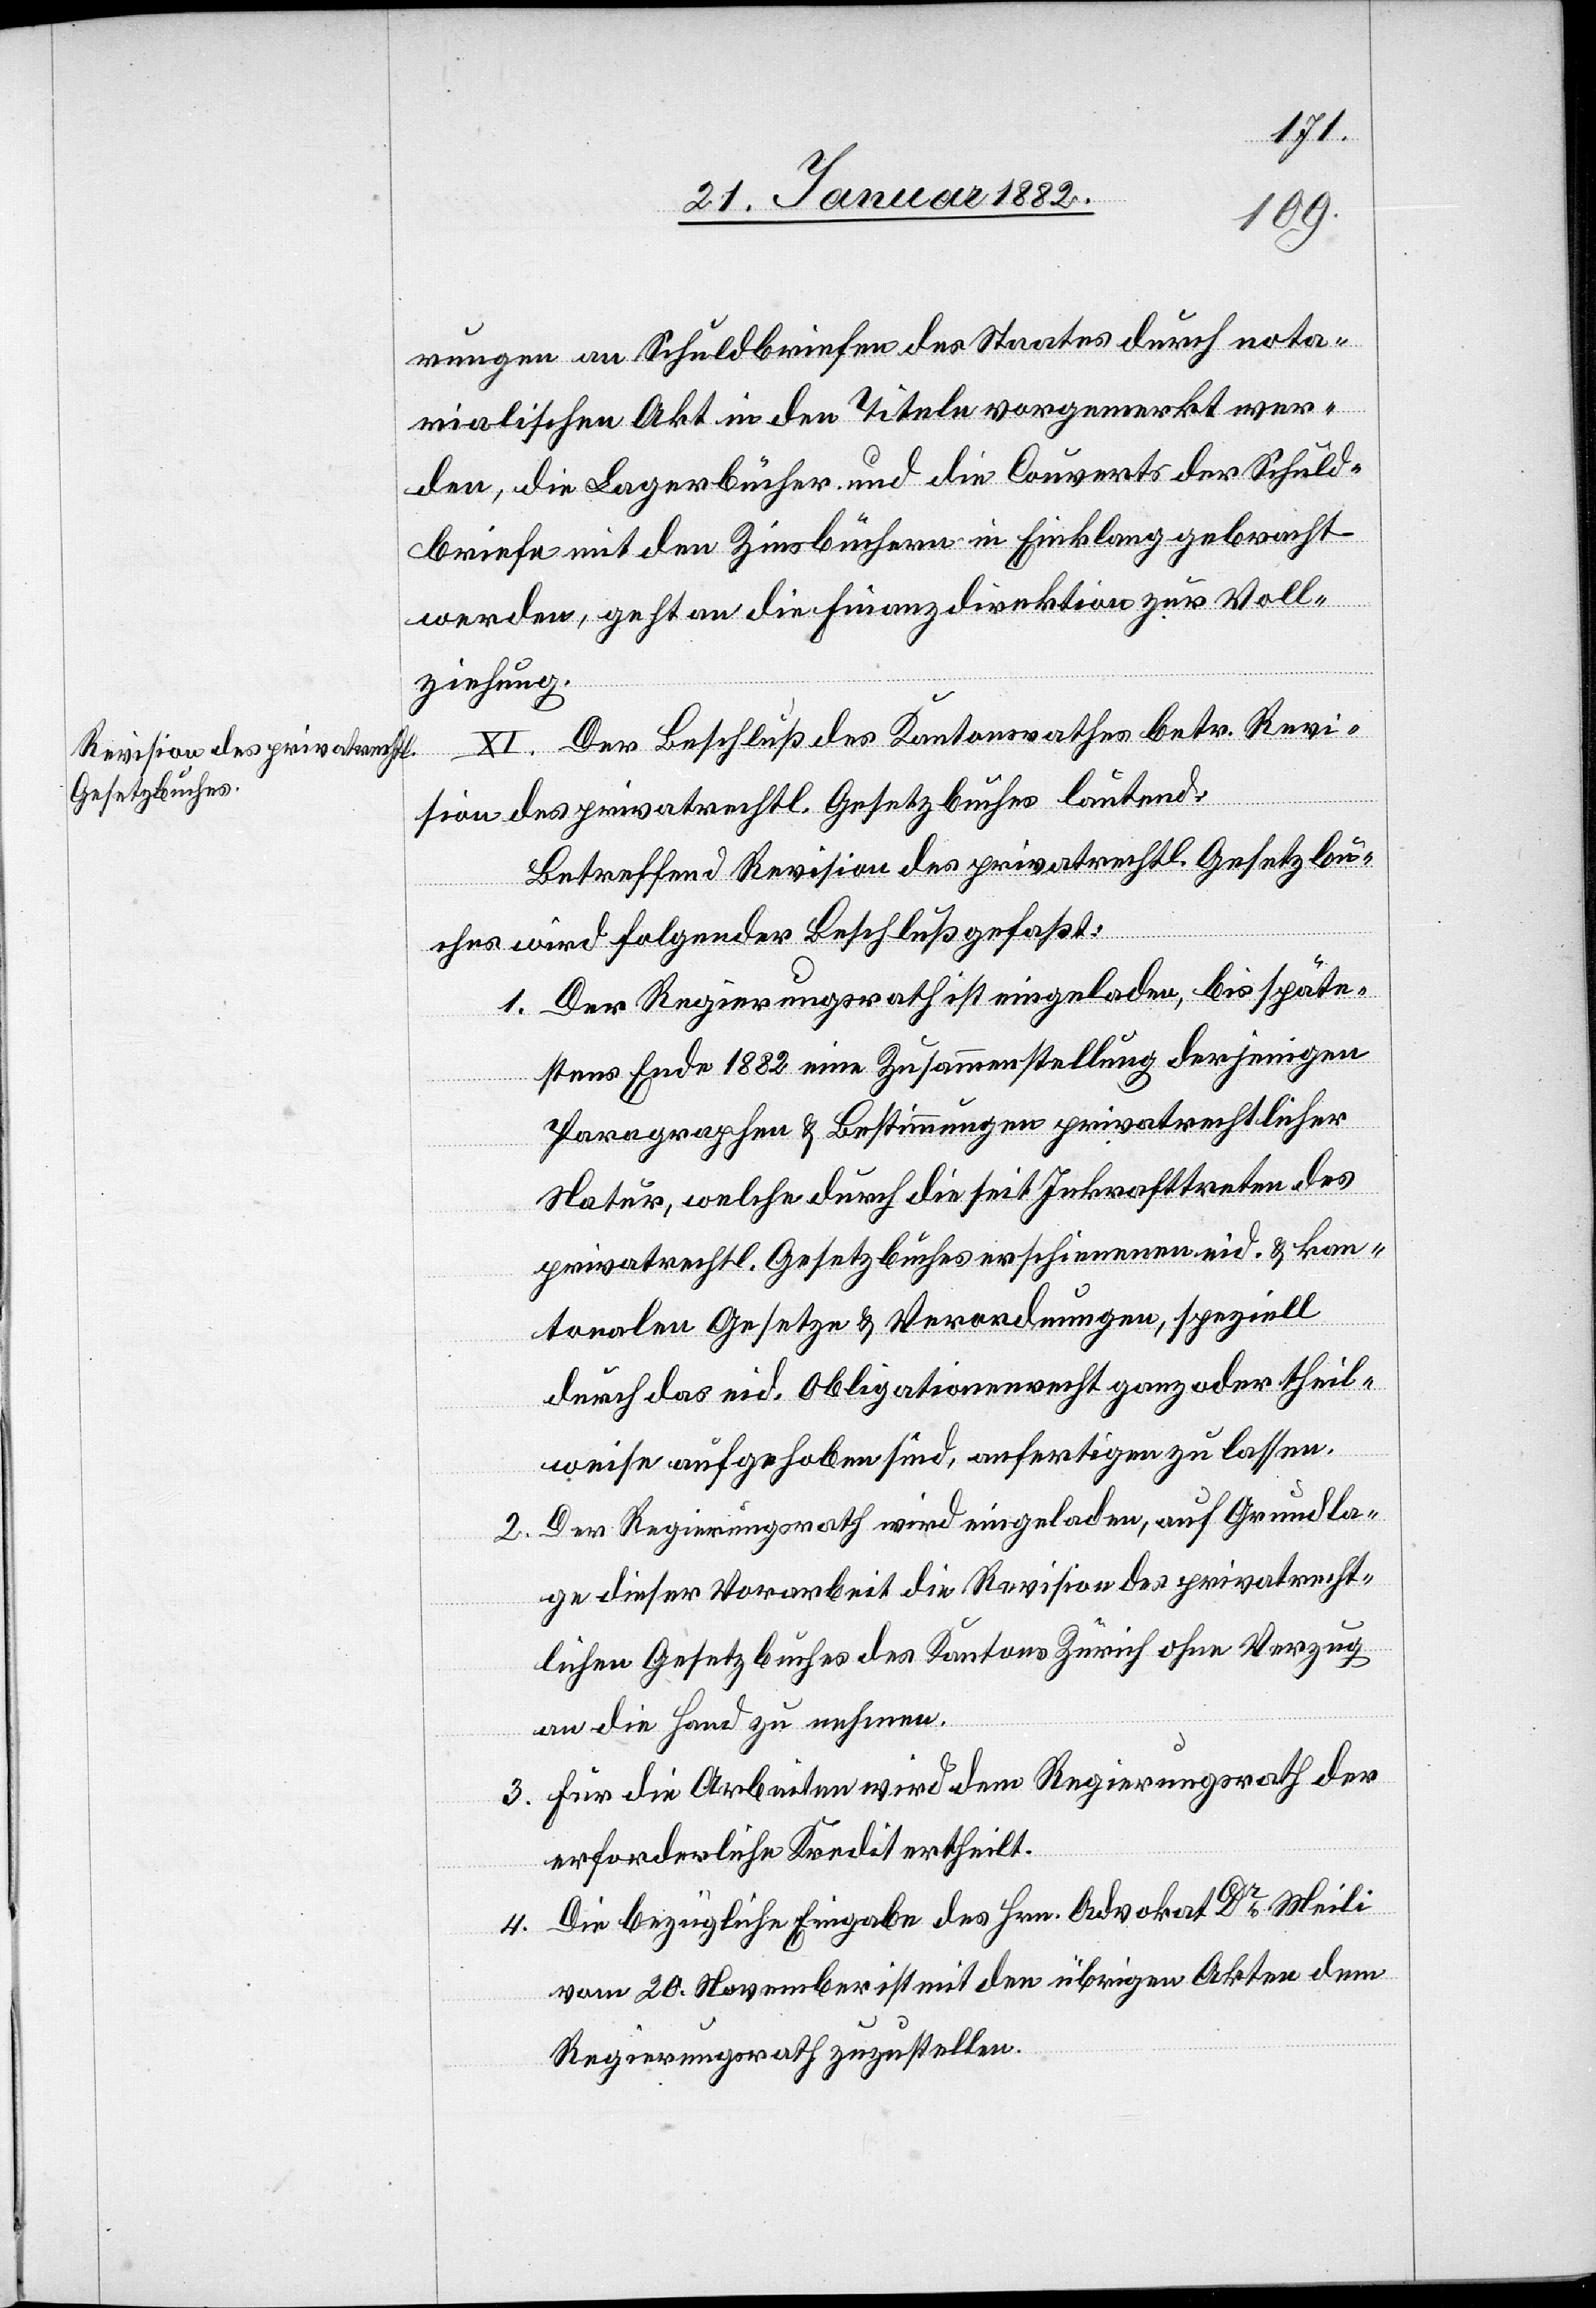
rungen an Schuldbriefen des Staates durch nota¬
rialische Akt in den Titeln vorgemerkt wer¬
den, die Lagerbücher und die Couverts der Schuld¬
briefe mit den Zinsbüchern in Einklang gebracht
werden, geht an die Finanzdirektion zur Voll¬
ziehung.
XI. Der Beschluß des Kantonsrathes betr. Revi¬
auf
sion des privatrechtl. Gesetzbuches lautend:
Betreffend Revision des privatrechtl. Gesetzbu¬
ches wird folgender Beschluß gefaßt:
1. Der Regierungsrath ist eingeladen, bis späte¬
stens Ende 1882 eine Zusammenstellung derjenigen
Paragraphen & Bestimmungen privatrechtlicher
Natur, welche durch die seit Inkrafttreten des
privatrechtl. Gesetzbuches erschienenen eid. & kan¬
an die
tonalen Gesetze & Verordnungen, speziell
durch das eid. Obligationenrecht ganz oder theil¬
weise aufgehoben sind, anfertigen zu lassen.
2. Der Regierungsrath wird eingeladen, auf Grundla¬
ge dieser Vorarbeit die Revision des privatrecht¬
lichen Gesetzbuches des Kantons Zürich ohne Verzug
an die Hand zu nehmen.
3. Für die Arbeiten wird dem Regierungsrath der
erforderliche Kredit ertheilt.
4. Die bezügliche Eingabe des Hrn. Advokat & Dr Meili
vom 20. November ist mit den übrigen Akten dem
Regierungsrath zuzustellen.